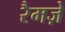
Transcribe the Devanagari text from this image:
रैमज़े